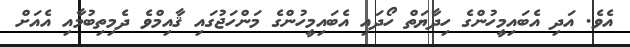
އެވެ. އަދި އެބައިމީހުންގެ ހިދާޔަތް ހޯދައި އެބައިމީހުންގެ މަންހަޖުގައި ޤާއިމްވެ ދެމިތިބުމާއި އެއަށް